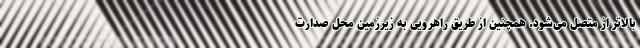
بالاتر از متصل می‌شود. همچنین از طریق راهرویی به زیرزمین محل صدارت